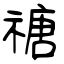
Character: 禟